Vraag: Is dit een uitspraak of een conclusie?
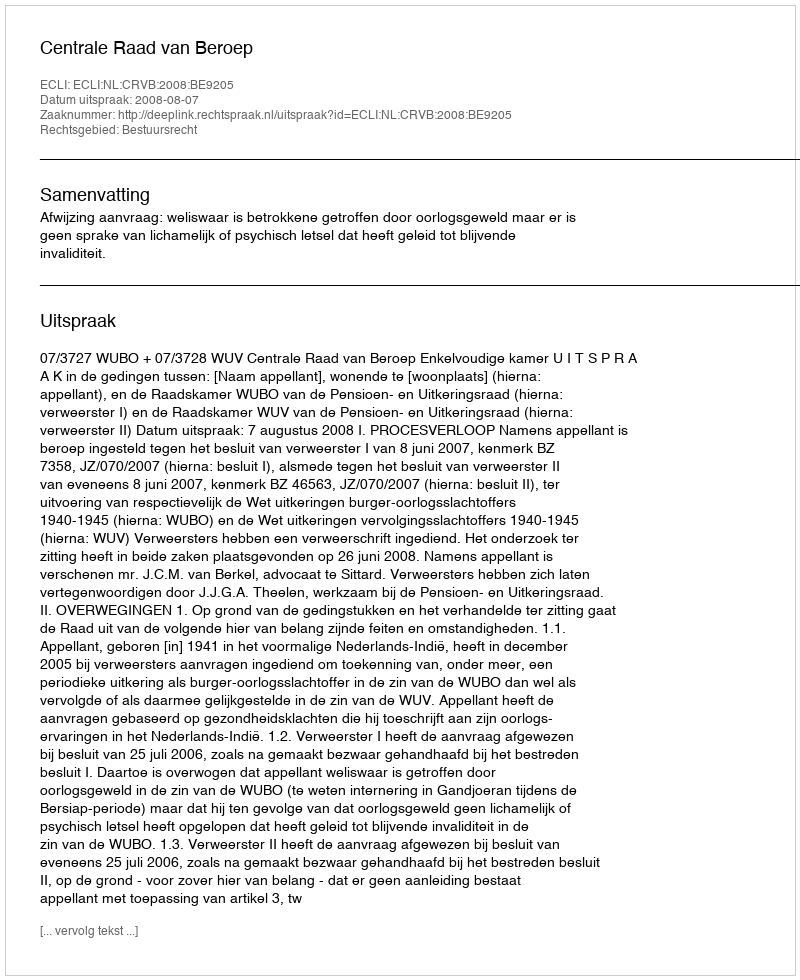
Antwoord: Uitspraak